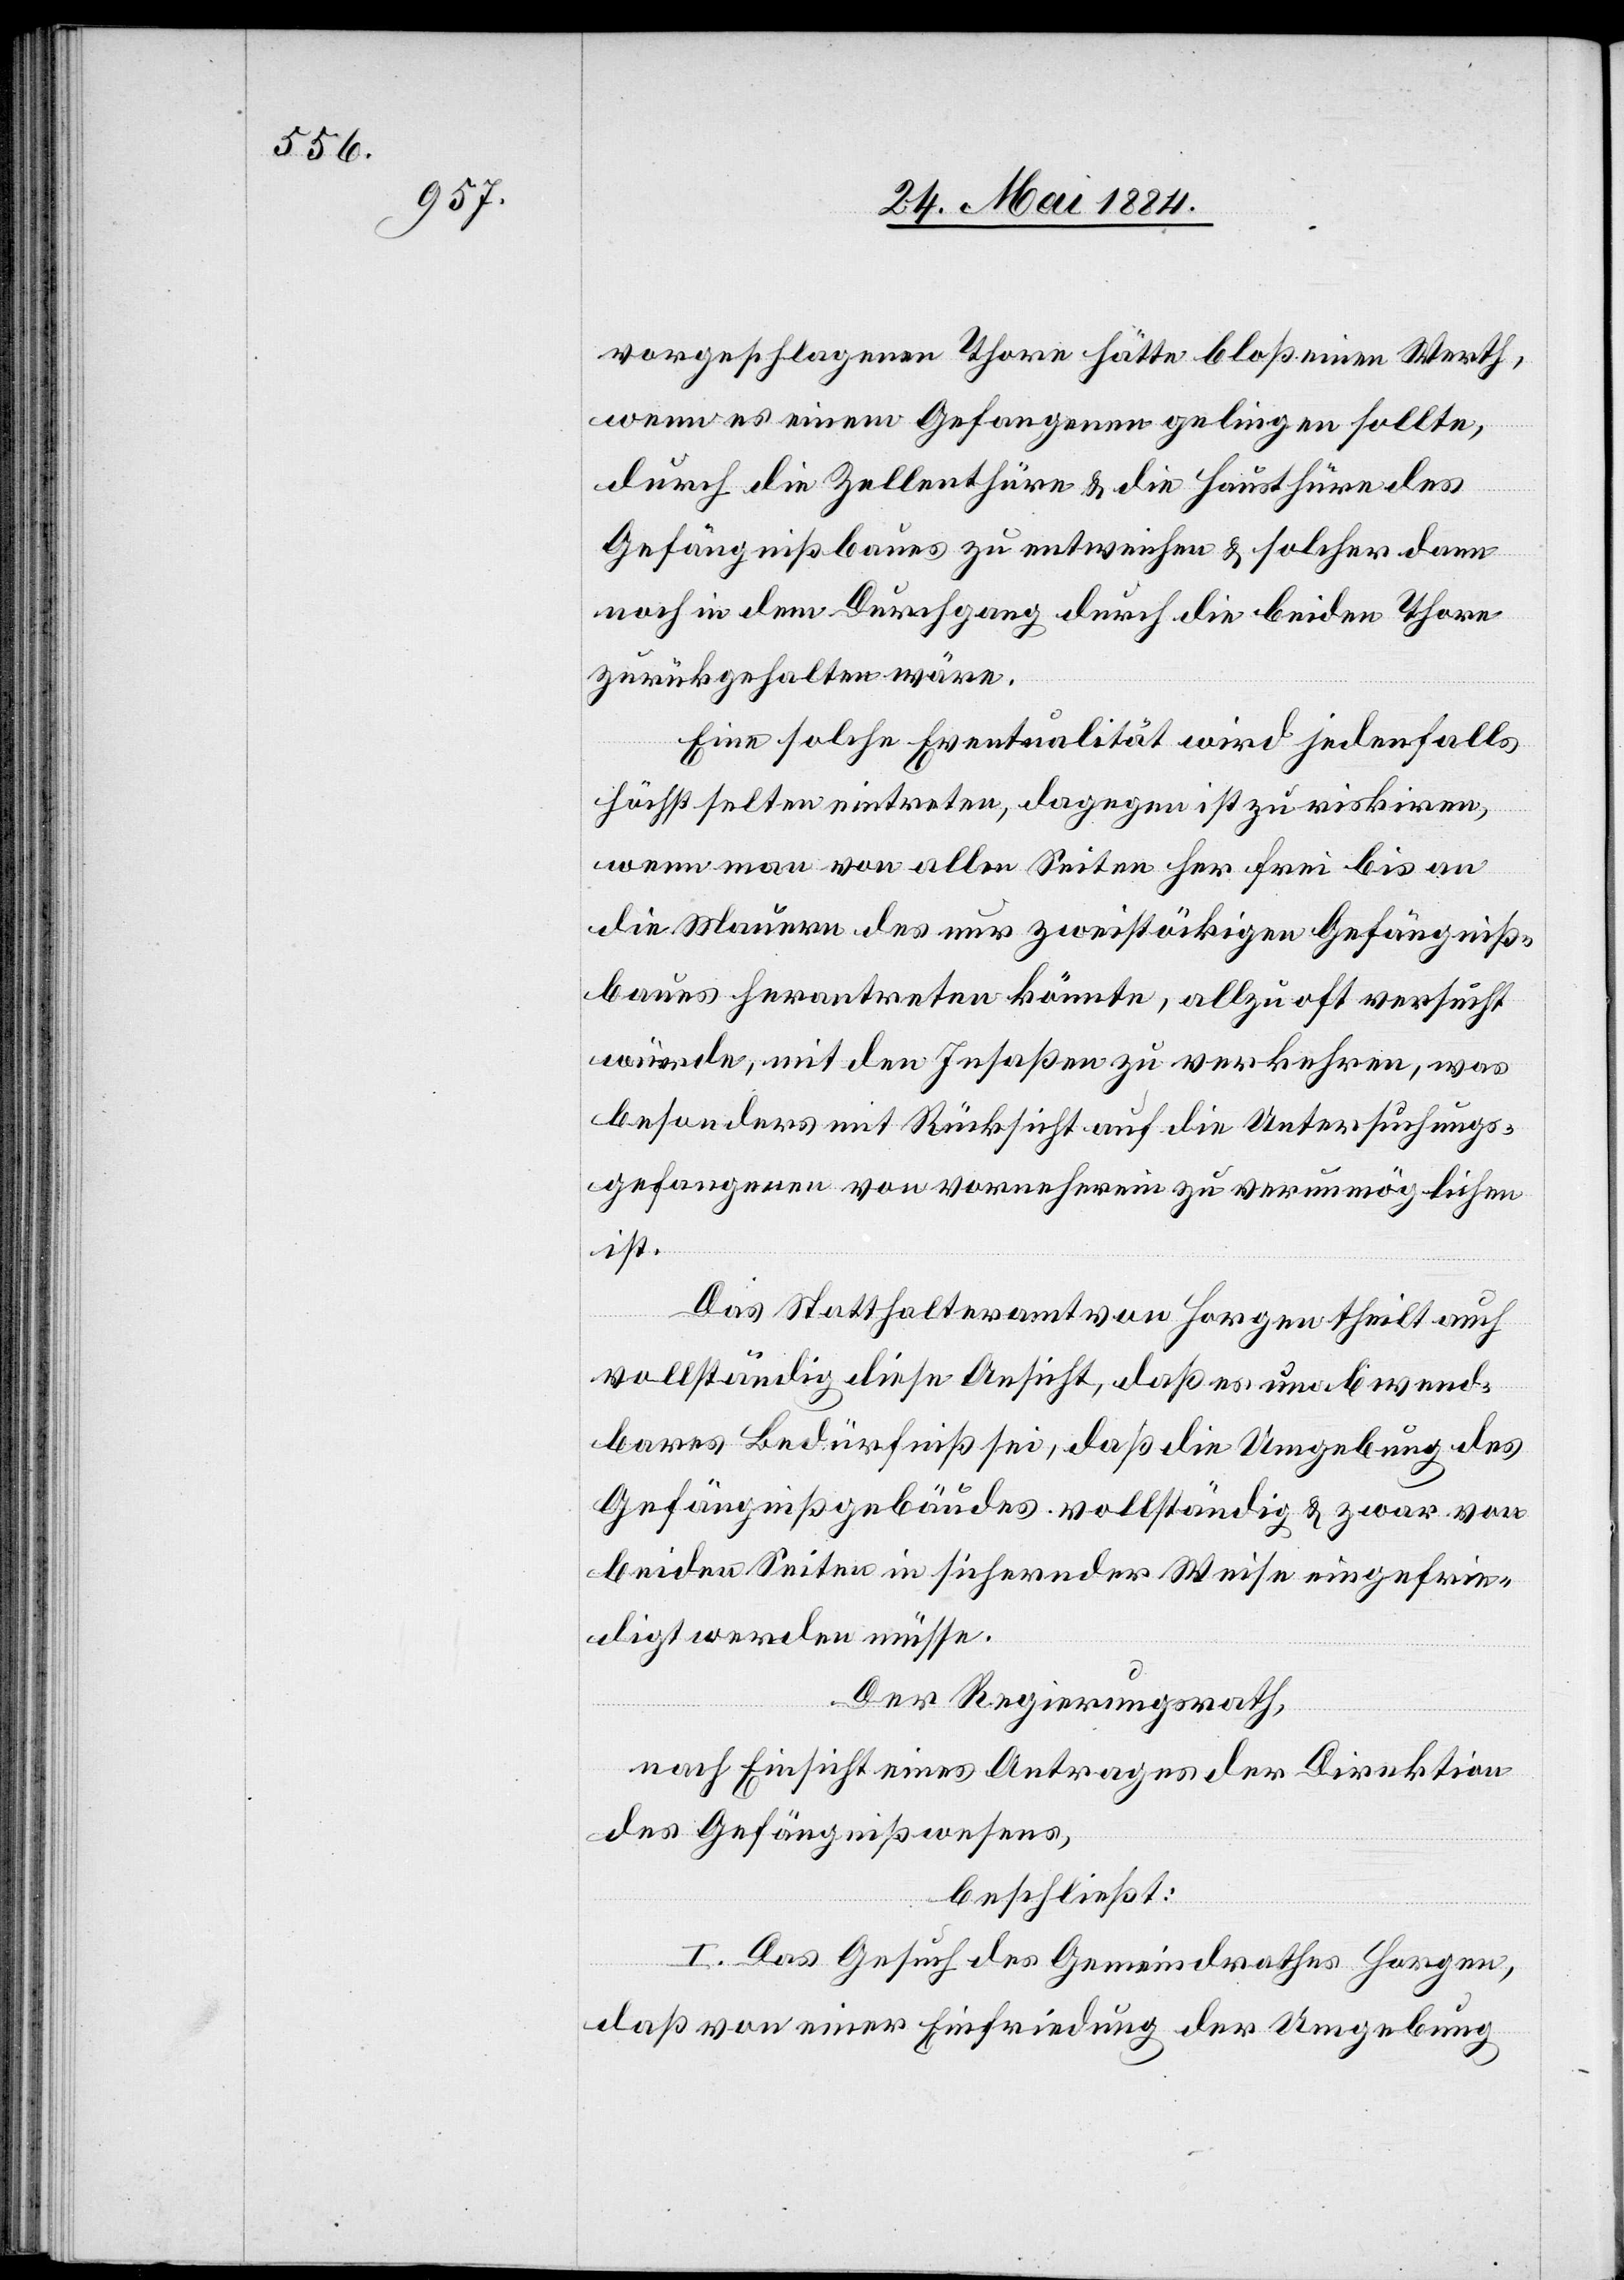
vorgeschlagenen Thore hätte bloß einen Werth,
wenn es einem Gefangenen gelingen sollte,
durch die Zellenthüre & die Hausthüre des
Gefängnißbaues zu entweichen & solcher dann
noch in dem Durchgang durch die beiden Thore
zurückgehalten wäre.
Eine solche Eventualität wird jedenfalls
höchst selten eintreten, dagegen ist zu riskiren,
wenn man von allen Seiten her frei bis an
die Mauern des nur zweistöckigen Gefängniß¬
baues herantreten könnte, allzu oft versucht
würde, mit den Insaßen zu verkehren, was
besonders mit Rücksicht auf die Untersuchungs¬
gefangenen von vorneherein zu verunmöglichen
ist.
Das Statthalteramt von Horgen theilt auch
vollständig diese Ansicht, daß es unabwend¬
bares Bedürfniß sei, daß die Umgebung des
Gefängnißgebäudes vollständig & zwar von
beiden Seiten in sichernder Weise eingefrie¬
digt werden müsse.
Der Regierungsrath,
nach Einsicht eines Antrages der Direktion
des Gefängnißwesens,
beschließt:
I. Das Gesuch des Gemeindrathes Horgen,
daß von einer Einfriedung der Umgebung